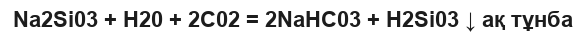
Na2Si03 + H20 + 2C02 = 2NaHC03 + H2Si03 ↓ ақ тұнба